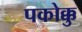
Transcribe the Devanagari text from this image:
पकोक्कु